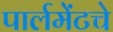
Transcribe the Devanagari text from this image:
पार्लमेंटचे